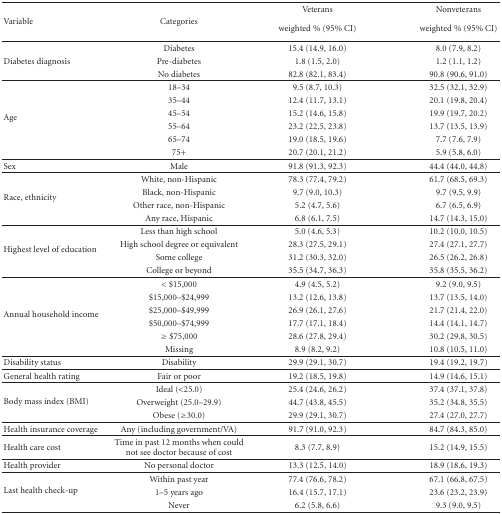
<table><thead><tr><td rowspan="2"><b>Variable</b></td><td rowspan="2"><b>Categories</b></td><td><b>Veterans</b></td><td><b>Nonveterans</b></td></tr><tr><td><b>weighted % (95% CI)</b></td><td><b>weighted % (95% CI)</b></td></tr></thead><tbody><tr><td></td><td>Diabetes</td><td>15.4 (14.9, 16.0)</td><td>8.0 (7.9, 8.2)</td></tr><tr><td>Diabetes diagnosis</td><td>Pre-diabetes</td><td>1.8 (1.5, 2.0)</td><td>1.2 (1.1, 1.2)</td></tr><tr><td></td><td>No diabetes</td><td>82.8 (82.1, 83.4)</td><td>90.8 (90.6, 91.0)</td></tr><tr><td rowspan="6">Age</td><td>18–34</td><td>9.5 (8.7, 10.3)</td><td>32.5 (32.1, 32.9)</td></tr><tr><td>35–44</td><td>12.4 (11.7, 13.1)</td><td>20.1 (19.8, 20.4)</td></tr><tr><td>45–54</td><td>15.2 (14.6, 15.8)</td><td>19.9 (19.7, 20.2)</td></tr><tr><td>55–64</td><td>23.2 (22.5, 23.8)</td><td>13.7 (13.5, 13.9)</td></tr><tr><td>65–74</td><td>19.0 (18.5, 19.6)</td><td>7.7 (7.6, 7.9)</td></tr><tr><td>75+</td><td>20.7 (20.1, 21.2)</td><td>5.9 (5.8, 6.0) </td></tr><tr><td>Sex</td><td>Male</td><td>91.8 (91.3, 92.3)</td><td>44.4 (44.0, 44.8) </td></tr><tr><td rowspan="4">Race, ethnicity</td><td>White, non-Hispanic</td><td>78.3 (77.4, 79.2)</td><td>61.7 (68.5, 69.3)</td></tr><tr><td>Black, non-Hispanic</td><td>9.7 (9.0, 10.3)</td><td>9.7 (9.5, 9.9)</td></tr><tr><td>Other race, non-Hispanic</td><td>5.2 (4.7, 5.6)</td><td>6.7 (6.5, 6.9)</td></tr><tr><td>Any race, Hispanic</td><td>6.8 (6.1, 7.5)</td><td>14.7 (14.3, 15.0) </td></tr><tr><td rowspan="4">Highest level of education</td><td>Less than high school</td><td>5.0 (4.6, 5.3)</td><td>10.2 (10.0, 10.5)</td></tr><tr><td>High school degree or equivalent</td><td>28.3 (27.5, 29.1)</td><td>27.4 (27.1, 27.7)</td></tr><tr><td>Some college</td><td>31.2 (30.3, 32.0)</td><td>26.5 (26.2, 26.8)</td></tr><tr><td>College or beyond</td><td>35.5 (34.7, 36.3)</td><td>35.8 (35.5, 36.2) </td></tr><tr><td rowspan="6">Annual household income</td><td>&lt;$15,000</td><td>4.9 (4.5, 5.2)</td><td>9.2 (9.0, 9.5)</td></tr><tr><td>$15,000–$24,999</td><td>13.2 (12.6, 13.8)</td><td>13.7 (13.5, 14.0)</td></tr><tr><td>$25,000–$49,999</td><td>26.9 (26.1, 27.6)</td><td>21.7 (21.4, 22.0)</td></tr><tr><td>$50,000–$74,999</td><td>17.7 (17.1, 18.4)</td><td>14.4 (14.1, 14.7)</td></tr><tr><td>≥$75,000</td><td>28.6 (27.8, 29.4)</td><td>30.2 (29.8, 30.5)</td></tr><tr><td>Missing</td><td>8.9 (8.2, 9.2)</td><td>10.8 (10.5, 11.0) </td></tr><tr><td>Disability status</td><td>Disability</td><td>29.9 (29.1, 30.7)</td><td>19.4 (19.2, 19.7) </td></tr><tr><td>General health rating</td><td>Fair or poor</td><td>19.2 (18.5, 19.8)</td><td>14.9 (14.6, 15.1) </td></tr><tr><td rowspan="3">Body mass index (BMI)</td><td>Ideal (&lt;25.0)</td><td>25.4 (24.6, 26.2)</td><td>37.4 (37.1, 37.8)</td></tr><tr><td>Overweight (25.0–29.9)</td><td>44.7 (43.8, 45.5)</td><td>35.2 (34.8, 35.5)</td></tr><tr><td>Obese (≥30.0)</td><td>29.9 (29.1, 30.7)</td><td>27.4 (27.0, 27.7) </td></tr><tr><td>Health insurance coverage</td><td>Any (including government/VA)</td><td>91.7 (91.0, 92.3)</td><td>84.7 (84.3, 85.0) </td></tr><tr><td>Health care cost</td><td>Time in past 12 months when could not see doctor because of cost</td><td>8.3 (7.7, 8.9)</td><td>15.2 (14.9, 15.5)</td></tr><tr><td>Health provider</td><td>No personal doctor</td><td>13.3 (12.5, 14.0)</td><td>18.9 (18.6, 19.3)</td></tr><tr><td rowspan="3">Last health check-up</td><td>Within past year</td><td>77.4 (76.6, 78.2)</td><td>67.1 (66.8, 67.5)</td></tr><tr><td>1–5 years ago</td><td>16.4 (15.7, 17.1)</td><td>23.6 (23.2, 23.9)</td></tr><tr><td>Never</td><td>6.2 (5.8, 6.6)</td><td>9.3 (9.0, 9.5)</td></tr></tbody></table>